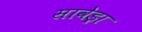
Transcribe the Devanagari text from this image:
सावेड्रा